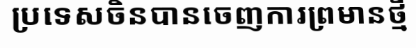
ប្រទេសចិនបានចេញការព្រមានថ្មី